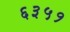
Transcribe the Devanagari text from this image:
६३५१